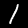
Digit: 1